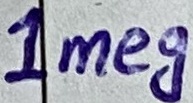
Text: 1Meg